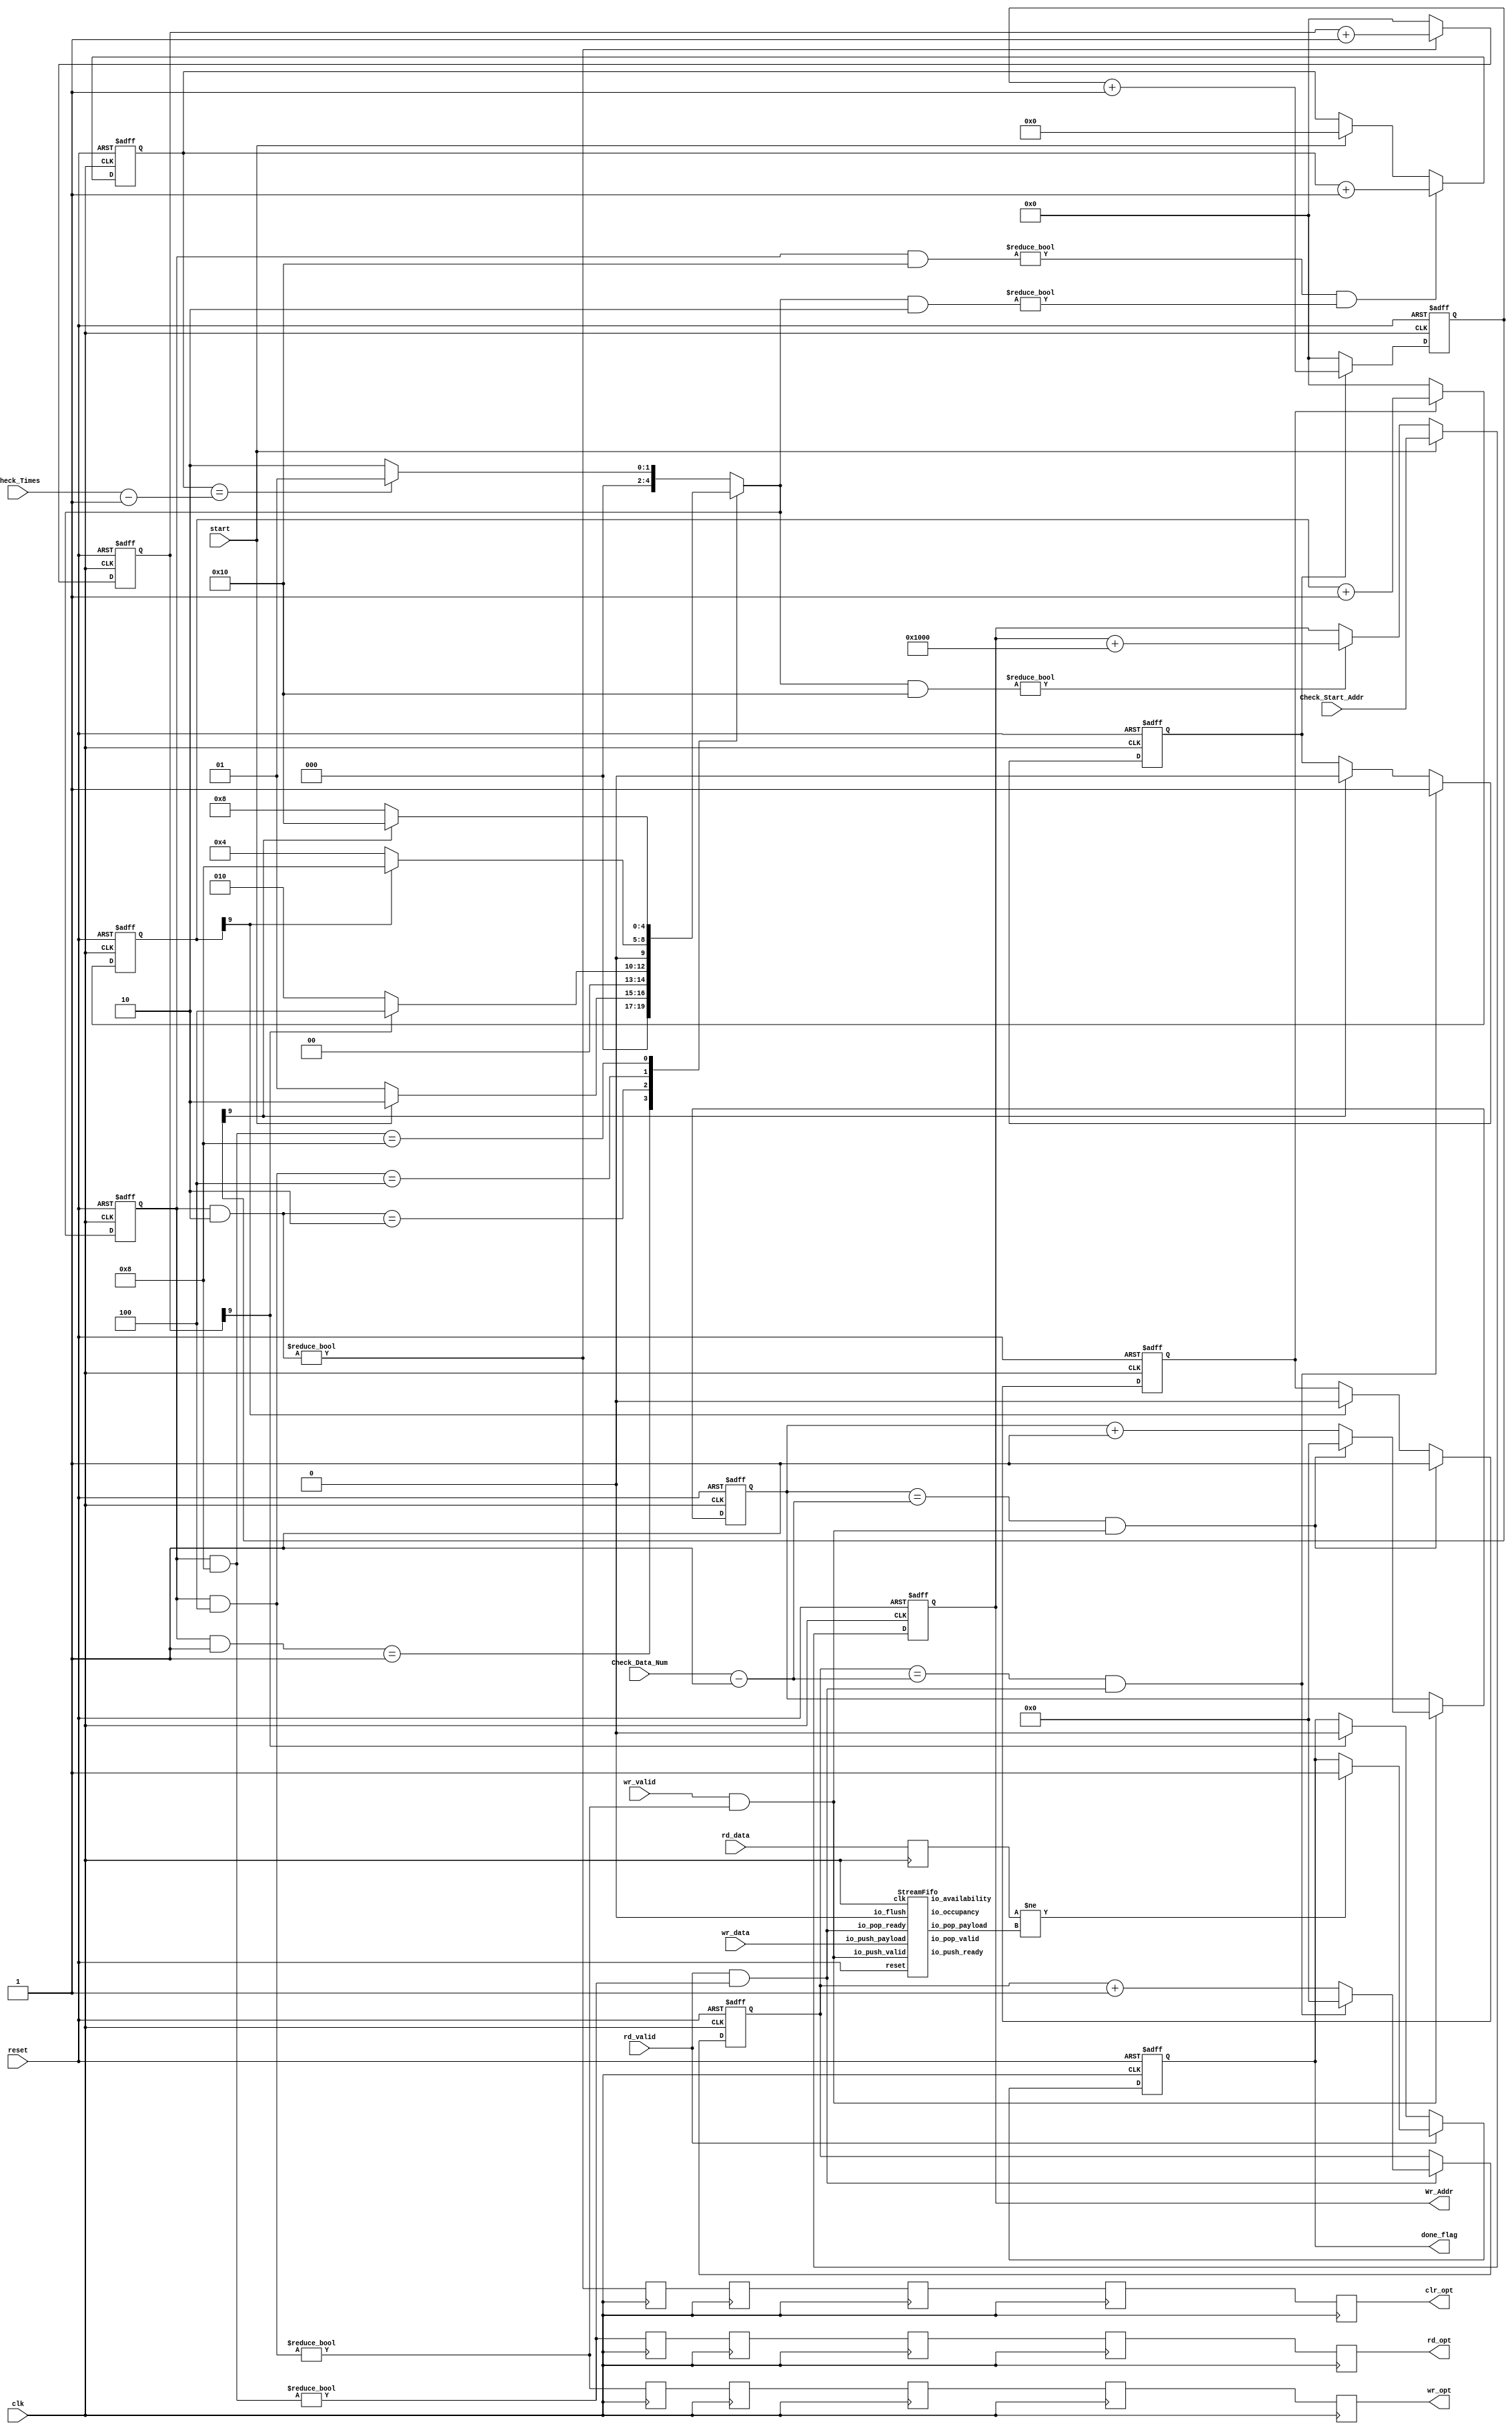
// Generator : SpinalHDL v1.8.1    git head : 2a7592004363e5b40ec43e1f122ed8641cd8965b
// Component : NandFlash_Check
// Git hash  : cbf189b3125b7722ee9e0933e0c737508955b7fe

`timescale 1ns/1ps

module NandFlash_Check (
  input               start,
  input      [15:0]   Check_Times,
  input      [31:0]   Check_Data_Num,
  input      [23:0]   Check_Start_Addr,
  output     [23:0]   Wr_Addr,
  output              done_flag,
  input      [7:0]    wr_data,
  input               wr_valid,
  input      [7:0]    rd_data,
  input               rd_valid,
  output              clr_opt,
  output              wr_opt,
  output              rd_opt,
  input               clk,
  input               reset
);
  localparam RW_STATUS_IDLE = 5'd1;
  localparam RW_STATUS_CLEAR = 5'd2;
  localparam RW_STATUS_WRITE = 5'd4;
  localparam RW_STATUS_READ_AND_CHECK = 5'd8;
  localparam RW_STATUS_IS_LAST_TEST = 5'd16;

  wire                Data_Cache_io_push_valid;
  wire                Data_Cache_io_pop_ready;
  wire                Data_Cache_io_push_ready;
  wire                Data_Cache_io_pop_valid;
  wire       [7:0]    Data_Cache_io_pop_payload;
  wire       [13:0]   Data_Cache_io_occupancy;
  wire       [13:0]   Data_Cache_io_availability;
  wire       [31:0]   _zz_wr_cnt_valid;
  wire       [31:0]   _zz_rd_cnt_valid;
  wire       [15:0]   _zz_Fsm_is_last_test;
  reg        [4:0]    Fsm_currentState;
  reg        [4:0]    Fsm_nextState;
  wire                Fsm_clear_done;
  wire                Fsm_write_done;
  wire                Fsm_read_done;
  wire                Fsm_is_last_test;
  reg                 _zz_clr_opt;
  reg                 _zz_clr_opt_1;
  reg                 _zz_clr_opt_2;
  reg                 _zz_clr_opt_3;
  reg                 _zz_clr_opt_4;
  reg        [9:0]    Clr_Delay_Cnt;
  wire                when_NandFlash_Check_l100;
  reg                 _zz_wr_opt;
  reg                 _zz_wr_opt_1;
  reg                 _zz_wr_opt_2;
  reg                 _zz_wr_opt_3;
  reg                 _zz_wr_opt_4;
  wire                when_WaCounter_l40;
  reg        [31:0]   wr_cnt_count;
  wire                wr_cnt_valid;
  reg                 Write_Done_Flag;
  reg        [9:0]    Wr_Delay_Cnt;
  wire                when_NandFlash_Check_l122;
  reg                 _zz_rd_opt;
  reg                 _zz_rd_opt_1;
  reg                 _zz_rd_opt_2;
  reg                 _zz_rd_opt_3;
  reg                 _zz_rd_opt_4;
  wire                when_WaCounter_l40_1;
  reg        [31:0]   rd_cnt_count;
  wire                rd_cnt_valid;
  reg                 Read_Done_Flag;
  reg        [9:0]    Rd_Delay_Cnt;
  wire                when_NandFlash_Check_l140;
  reg        [31:0]   Error_Cnt;
  reg                 Error_Flag;
  reg        [7:0]    rd_data_regNext;
  wire                when_NandFlash_Check_l154;
  reg        [15:0]   Check_Times_Cnt;
  wire                when_NandFlash_Check_l165;
  reg        [23:0]   Wr_Addr_1;
  wire                when_NandFlash_Check_l175;
  `ifndef SYNTHESIS
  reg [111:0] Fsm_currentState_string;
  reg [111:0] Fsm_nextState_string;
  `endif


  assign _zz_wr_cnt_valid = (Check_Data_Num - 32'h00000001);
  assign _zz_rd_cnt_valid = (Check_Data_Num - 32'h00000001);
  assign _zz_Fsm_is_last_test = (Check_Times - 16'h0001);
  StreamFifo Data_Cache (
    .io_push_valid   (Data_Cache_io_push_valid        ), //i
    .io_push_ready   (Data_Cache_io_push_ready        ), //o
    .io_push_payload (wr_data[7:0]                    ), //i
    .io_pop_valid    (Data_Cache_io_pop_valid         ), //o
    .io_pop_ready    (Data_Cache_io_pop_ready         ), //i
    .io_pop_payload  (Data_Cache_io_pop_payload[7:0]  ), //o
    .io_flush        (1'b0                            ), //i
    .io_occupancy    (Data_Cache_io_occupancy[13:0]   ), //o
    .io_availability (Data_Cache_io_availability[13:0]), //o
    .clk             (clk                             ), //i
    .reset           (reset                           )  //i
  );
  `ifndef SYNTHESIS
  always @(*) begin
    case(Fsm_currentState)
      RW_STATUS_IDLE : Fsm_currentState_string = "IDLE          ";
      RW_STATUS_CLEAR : Fsm_currentState_string = "CLEAR         ";
      RW_STATUS_WRITE : Fsm_currentState_string = "WRITE         ";
      RW_STATUS_READ_AND_CHECK : Fsm_currentState_string = "READ_AND_CHECK";
      RW_STATUS_IS_LAST_TEST : Fsm_currentState_string = "IS_LAST_TEST  ";
      default : Fsm_currentState_string = "??????????????";
    endcase
  end
  always @(*) begin
    case(Fsm_nextState)
      RW_STATUS_IDLE : Fsm_nextState_string = "IDLE          ";
      RW_STATUS_CLEAR : Fsm_nextState_string = "CLEAR         ";
      RW_STATUS_WRITE : Fsm_nextState_string = "WRITE         ";
      RW_STATUS_READ_AND_CHECK : Fsm_nextState_string = "READ_AND_CHECK";
      RW_STATUS_IS_LAST_TEST : Fsm_nextState_string = "IS_LAST_TEST  ";
      default : Fsm_nextState_string = "??????????????";
    endcase
  end
  `endif

  always @(*) begin
    (* parallel_case *)
    case(1) // synthesis parallel_case
      (((Fsm_currentState) & RW_STATUS_IDLE) == RW_STATUS_IDLE) : begin
        if(start) begin
          Fsm_nextState = RW_STATUS_CLEAR;
        end else begin
          Fsm_nextState = RW_STATUS_IDLE;
        end
      end
      (((Fsm_currentState) & RW_STATUS_CLEAR) == RW_STATUS_CLEAR) : begin
        if(Fsm_clear_done) begin
          Fsm_nextState = RW_STATUS_WRITE;
        end else begin
          Fsm_nextState = RW_STATUS_CLEAR;
        end
      end
      (((Fsm_currentState) & RW_STATUS_WRITE) == RW_STATUS_WRITE) : begin
        if(Fsm_write_done) begin
          Fsm_nextState = RW_STATUS_READ_AND_CHECK;
        end else begin
          Fsm_nextState = RW_STATUS_WRITE;
        end
      end
      (((Fsm_currentState) & RW_STATUS_READ_AND_CHECK) == RW_STATUS_READ_AND_CHECK) : begin
        if(Fsm_read_done) begin
          Fsm_nextState = RW_STATUS_IS_LAST_TEST;
        end else begin
          Fsm_nextState = RW_STATUS_READ_AND_CHECK;
        end
      end
      default : begin
        if(Fsm_is_last_test) begin
          Fsm_nextState = RW_STATUS_IDLE;
        end else begin
          Fsm_nextState = RW_STATUS_CLEAR;
        end
      end
    endcase
  end

  assign Data_Cache_io_push_valid = (wr_valid && ((Fsm_currentState & RW_STATUS_WRITE) != 5'b00000));
  assign Data_Cache_io_pop_ready = (rd_valid && ((Fsm_currentState & RW_STATUS_READ_AND_CHECK) != 5'b00000));
  assign clr_opt = _zz_clr_opt_4;
  assign when_NandFlash_Check_l100 = ((Fsm_currentState & RW_STATUS_CLEAR) != 5'b00000);
  assign Fsm_clear_done = Clr_Delay_Cnt[9];
  assign wr_opt = _zz_wr_opt_4;
  assign when_WaCounter_l40 = (wr_valid && ((Fsm_currentState & RW_STATUS_WRITE) != 5'b00000));
  assign wr_cnt_valid = ((wr_cnt_count == _zz_wr_cnt_valid) && when_WaCounter_l40);
  assign Fsm_write_done = Wr_Delay_Cnt[9];
  assign when_NandFlash_Check_l122 = Wr_Delay_Cnt[9];
  assign rd_opt = _zz_rd_opt_4;
  assign when_WaCounter_l40_1 = (rd_valid && ((Fsm_currentState & RW_STATUS_READ_AND_CHECK) != 5'b00000));
  assign rd_cnt_valid = ((rd_cnt_count == _zz_rd_cnt_valid) && when_WaCounter_l40_1);
  assign Fsm_read_done = Rd_Delay_Cnt[9];
  assign when_NandFlash_Check_l140 = Rd_Delay_Cnt[9];
  assign when_NandFlash_Check_l154 = (rd_data_regNext != Data_Cache_io_pop_payload);
  assign when_NandFlash_Check_l165 = (((Fsm_currentState & RW_STATUS_IS_LAST_TEST) != 5'b00000) && ((Fsm_nextState & RW_STATUS_CLEAR) != 5'b00000));
  assign Fsm_is_last_test = (Check_Times_Cnt == _zz_Fsm_is_last_test);
  assign when_NandFlash_Check_l175 = ((Fsm_nextState & RW_STATUS_IS_LAST_TEST) != 5'b00000);
  assign Wr_Addr = Wr_Addr_1;
  assign done_flag = Error_Flag;
  always @(posedge clk or posedge reset) begin
    if(reset) begin
      Fsm_currentState <= RW_STATUS_IDLE;
      Clr_Delay_Cnt <= 10'h0;
      wr_cnt_count <= 32'h0;
      Write_Done_Flag <= 1'b0;
      Wr_Delay_Cnt <= 10'h0;
      rd_cnt_count <= 32'h0;
      Read_Done_Flag <= 1'b0;
      Rd_Delay_Cnt <= 10'h0;
      Error_Cnt <= 32'h0;
      Error_Flag <= 1'b0;
      Check_Times_Cnt <= 16'h0;
      Wr_Addr_1 <= 24'h0;
    end else begin
      Fsm_currentState <= Fsm_nextState;
      if(when_NandFlash_Check_l100) begin
        Clr_Delay_Cnt <= (Clr_Delay_Cnt + 10'h001);
      end else begin
        Clr_Delay_Cnt <= 10'h0;
      end
      if(when_WaCounter_l40) begin
        if(wr_cnt_valid) begin
          wr_cnt_count <= 32'h0;
        end else begin
          wr_cnt_count <= (wr_cnt_count + 32'h00000001);
        end
      end
      if(Write_Done_Flag) begin
        Wr_Delay_Cnt <= (Wr_Delay_Cnt + 10'h001);
      end else begin
        Wr_Delay_Cnt <= 10'h0;
      end
      if(wr_cnt_valid) begin
        Write_Done_Flag <= 1'b1;
      end else begin
        if(when_NandFlash_Check_l122) begin
          Write_Done_Flag <= 1'b0;
        end
      end
      if(when_WaCounter_l40_1) begin
        if(rd_cnt_valid) begin
          rd_cnt_count <= 32'h0;
        end else begin
          rd_cnt_count <= (rd_cnt_count + 32'h00000001);
        end
      end
      if(Read_Done_Flag) begin
        Rd_Delay_Cnt <= (Rd_Delay_Cnt + 10'h001);
      end else begin
        Rd_Delay_Cnt <= 10'h0;
      end
      if(rd_cnt_valid) begin
        Read_Done_Flag <= 1'b1;
      end else begin
        if(when_NandFlash_Check_l140) begin
          Read_Done_Flag <= 1'b0;
        end
      end
      if(start) begin
        Error_Cnt <= 32'h0;
      end else begin
        if(Error_Flag) begin
          Error_Cnt <= (Error_Cnt + 32'h00000001);
        end
      end
      if(rd_valid) begin
        if(when_NandFlash_Check_l154) begin
          Error_Flag <= 1'b1;
        end
      end else begin
        if(Fsm_clear_done) begin
          Error_Flag <= 1'b0;
        end
      end
      if(when_NandFlash_Check_l165) begin
        Check_Times_Cnt <= (Check_Times_Cnt + 16'h0001);
      end else begin
        if(start) begin
          Check_Times_Cnt <= 16'h0;
        end
      end
      if(start) begin
        Wr_Addr_1 <= Check_Start_Addr;
      end else begin
        if(when_NandFlash_Check_l175) begin
          Wr_Addr_1 <= (Wr_Addr_1 + 24'h001000);
        end
      end
    end
  end

  always @(posedge clk) begin
    _zz_clr_opt <= ((Fsm_currentState & RW_STATUS_CLEAR) != 5'b00000);
    _zz_clr_opt_1 <= _zz_clr_opt;
    _zz_clr_opt_2 <= _zz_clr_opt_1;
    _zz_clr_opt_3 <= _zz_clr_opt_2;
    _zz_clr_opt_4 <= _zz_clr_opt_3;
    _zz_wr_opt <= ((Fsm_currentState & RW_STATUS_WRITE) != 5'b00000);
    _zz_wr_opt_1 <= _zz_wr_opt;
    _zz_wr_opt_2 <= _zz_wr_opt_1;
    _zz_wr_opt_3 <= _zz_wr_opt_2;
    _zz_wr_opt_4 <= _zz_wr_opt_3;
    _zz_rd_opt <= ((Fsm_currentState & RW_STATUS_READ_AND_CHECK) != 5'b00000);
    _zz_rd_opt_1 <= _zz_rd_opt;
    _zz_rd_opt_2 <= _zz_rd_opt_1;
    _zz_rd_opt_3 <= _zz_rd_opt_2;
    _zz_rd_opt_4 <= _zz_rd_opt_3;
  end

  always @(posedge clk) begin
    rd_data_regNext <= rd_data;
  end


endmodule

module StreamFifo (
  input               io_push_valid,
  output              io_push_ready,
  input      [7:0]    io_push_payload,
  output              io_pop_valid,
  input               io_pop_ready,
  output     [7:0]    io_pop_payload,
  input               io_flush,
  output     [13:0]   io_occupancy,
  output     [13:0]   io_availability,
  input               clk,
  input               reset
);

  reg        [7:0]    _zz_logic_ram_port0;
  wire       [12:0]   _zz_logic_pushPtr_valueNext;
  wire       [0:0]    _zz_logic_pushPtr_valueNext_1;
  wire       [12:0]   _zz_logic_popPtr_valueNext;
  wire       [0:0]    _zz_logic_popPtr_valueNext_1;
  wire                _zz_logic_ram_port;
  wire                _zz_io_pop_payload;
  wire       [7:0]    _zz_logic_ram_port_1;
  wire       [12:0]   _zz_io_availability;
  reg                 _zz_1;
  reg                 logic_pushPtr_willIncrement;
  reg                 logic_pushPtr_willClear;
  reg        [12:0]   logic_pushPtr_valueNext;
  reg        [12:0]   logic_pushPtr_value;
  wire                logic_pushPtr_willOverflowIfInc;
  wire                logic_pushPtr_willOverflow;
  reg                 logic_popPtr_willIncrement;
  reg                 logic_popPtr_willClear;
  reg        [12:0]   logic_popPtr_valueNext;
  reg        [12:0]   logic_popPtr_value;
  wire                logic_popPtr_willOverflowIfInc;
  wire                logic_popPtr_willOverflow;
  wire                logic_ptrMatch;
  reg                 logic_risingOccupancy;
  wire                logic_pushing;
  wire                logic_popping;
  wire                logic_empty;
  wire                logic_full;
  reg                 _zz_io_pop_valid;
  wire                when_Stream_l1122;
  wire       [12:0]   logic_ptrDif;
  reg [7:0] logic_ram [0:8191];

  assign _zz_logic_pushPtr_valueNext_1 = logic_pushPtr_willIncrement;
  assign _zz_logic_pushPtr_valueNext = {12'd0, _zz_logic_pushPtr_valueNext_1};
  assign _zz_logic_popPtr_valueNext_1 = logic_popPtr_willIncrement;
  assign _zz_logic_popPtr_valueNext = {12'd0, _zz_logic_popPtr_valueNext_1};
  assign _zz_io_availability = (logic_popPtr_value - logic_pushPtr_value);
  assign _zz_io_pop_payload = 1'b1;
  assign _zz_logic_ram_port_1 = io_push_payload;
  always @(posedge clk) begin
    if(_zz_io_pop_payload) begin
      _zz_logic_ram_port0 <= logic_ram[logic_popPtr_valueNext];
    end
  end

  always @(posedge clk) begin
    if(_zz_1) begin
      logic_ram[logic_pushPtr_value] <= _zz_logic_ram_port_1;
    end
  end

  always @(*) begin
    _zz_1 = 1'b0;
    if(logic_pushing) begin
      _zz_1 = 1'b1;
    end
  end

  always @(*) begin
    logic_pushPtr_willIncrement = 1'b0;
    if(logic_pushing) begin
      logic_pushPtr_willIncrement = 1'b1;
    end
  end

  always @(*) begin
    logic_pushPtr_willClear = 1'b0;
    if(io_flush) begin
      logic_pushPtr_willClear = 1'b1;
    end
  end

  assign logic_pushPtr_willOverflowIfInc = (logic_pushPtr_value == 13'h1fff);
  assign logic_pushPtr_willOverflow = (logic_pushPtr_willOverflowIfInc && logic_pushPtr_willIncrement);
  always @(*) begin
    logic_pushPtr_valueNext = (logic_pushPtr_value + _zz_logic_pushPtr_valueNext);
    if(logic_pushPtr_willClear) begin
      logic_pushPtr_valueNext = 13'h0;
    end
  end

  always @(*) begin
    logic_popPtr_willIncrement = 1'b0;
    if(logic_popping) begin
      logic_popPtr_willIncrement = 1'b1;
    end
  end

  always @(*) begin
    logic_popPtr_willClear = 1'b0;
    if(io_flush) begin
      logic_popPtr_willClear = 1'b1;
    end
  end

  assign logic_popPtr_willOverflowIfInc = (logic_popPtr_value == 13'h1fff);
  assign logic_popPtr_willOverflow = (logic_popPtr_willOverflowIfInc && logic_popPtr_willIncrement);
  always @(*) begin
    logic_popPtr_valueNext = (logic_popPtr_value + _zz_logic_popPtr_valueNext);
    if(logic_popPtr_willClear) begin
      logic_popPtr_valueNext = 13'h0;
    end
  end

  assign logic_ptrMatch = (logic_pushPtr_value == logic_popPtr_value);
  assign logic_pushing = (io_push_valid && io_push_ready);
  assign logic_popping = (io_pop_valid && io_pop_ready);
  assign logic_empty = (logic_ptrMatch && (! logic_risingOccupancy));
  assign logic_full = (logic_ptrMatch && logic_risingOccupancy);
  assign io_push_ready = (! logic_full);
  assign io_pop_valid = ((! logic_empty) && (! (_zz_io_pop_valid && (! logic_full))));
  assign io_pop_payload = _zz_logic_ram_port0;
  assign when_Stream_l1122 = (logic_pushing != logic_popping);
  assign logic_ptrDif = (logic_pushPtr_value - logic_popPtr_value);
  assign io_occupancy = {(logic_risingOccupancy && logic_ptrMatch),logic_ptrDif};
  assign io_availability = {((! logic_risingOccupancy) && logic_ptrMatch),_zz_io_availability};
  always @(posedge clk or posedge reset) begin
    if(reset) begin
      logic_pushPtr_value <= 13'h0;
      logic_popPtr_value <= 13'h0;
      logic_risingOccupancy <= 1'b0;
      _zz_io_pop_valid <= 1'b0;
    end else begin
      logic_pushPtr_value <= logic_pushPtr_valueNext;
      logic_popPtr_value <= logic_popPtr_valueNext;
      _zz_io_pop_valid <= (logic_popPtr_valueNext == logic_pushPtr_value);
      if(when_Stream_l1122) begin
        logic_risingOccupancy <= logic_pushing;
      end
      if(io_flush) begin
        logic_risingOccupancy <= 1'b0;
      end
    end
  end


endmodule